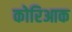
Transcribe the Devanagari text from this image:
कोरिआक